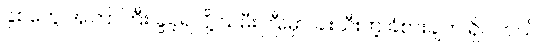
နှစ်တွေ အကြာကြီး ခွဲခဲ့ရလို့ သမီးကြီးမှာ ခါးသီးတဲ့ ခံစားချက် ရှိပါတယ်။